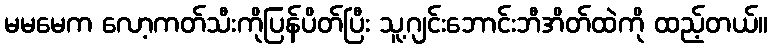
မမမေက လော့ကတ်သီးကိုပြန်ပိတ်ပြီး သူ့ဂျင်းဘောင်းဘီအိတ်ထဲကို ထည့်တယ်။